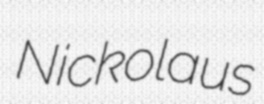
Nickolaus